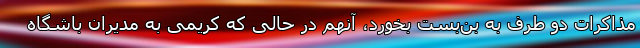
مذاکرات دو طرف به بن‌بست بخورد، آنهم در حالی که کریمی به مدیران باشگاه